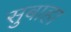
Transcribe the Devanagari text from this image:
सुबाहा